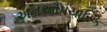
અનઔપચારિક